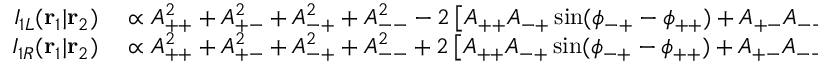
\begin{array} { r l } { I _ { 1 L } ( \mathbf { r } _ { 1 } | \mathbf { r } _ { 2 } ) } & { { } \propto A _ { + + } ^ { 2 } + A _ { + - } ^ { 2 } + A _ { - + } ^ { 2 } + A _ { -- } ^ { 2 } - 2 \left[ A _ { + + } A _ { - + } \sin ( \phi _ { - + } - \phi _ { + + } ) + A _ { + - } A _ { -- } \sin ( \phi _ { -- } - \phi _ { + - } ) \right] , } \\ { I _ { 1 R } ( \mathbf { r } _ { 1 } | \mathbf { r } _ { 2 } ) } & { { } \propto A _ { + + } ^ { 2 } + A _ { + - } ^ { 2 } + A _ { - + } ^ { 2 } + A _ { -- } ^ { 2 } + 2 \left[ A _ { + + } A _ { - + } \sin ( \phi _ { - + } - \phi _ { + + } ) + A _ { + - } A _ { -- } \sin ( \phi _ { -- } - \phi _ { + - } ) \right] . } \end{array}